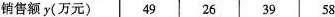
销售额y（万元） 49 26 39 58